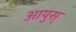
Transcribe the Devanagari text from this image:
आयुस्